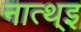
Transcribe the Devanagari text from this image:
नात्थ्इ